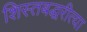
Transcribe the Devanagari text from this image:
शिस्तबद्धरीत्या